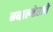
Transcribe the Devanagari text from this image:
ग्वाल्हेराचे